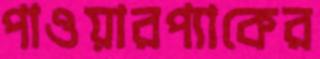
পাওয়ারপ্যাকের